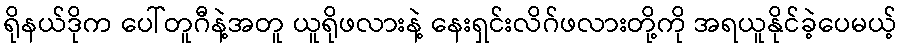
ရိုနယ်ဒိုက ပေါ်တူဂီနဲ့အတူ ယူရိုဖလားနဲ့ နေးရှင်းလိဂ်ဖလားတို့ကို အရယူနိုင်ခဲ့ပေမယ့်